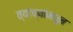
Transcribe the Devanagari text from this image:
त्यांच्यांमधून